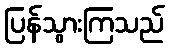
ပြန်သွားကြသည်